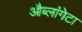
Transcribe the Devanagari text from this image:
औब्लांगेटा